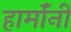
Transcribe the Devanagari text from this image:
हार्मॉनी